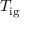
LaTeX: T _ { \mathrm { i g } }